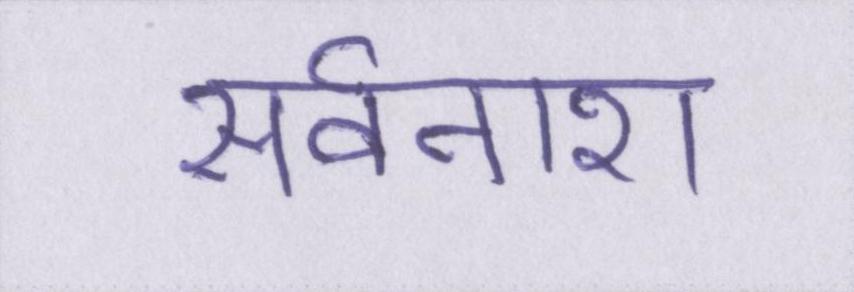
सर्वनाश